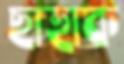
ছাহাক